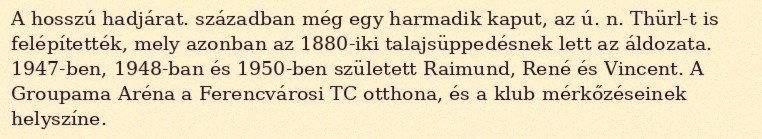
A hosszú hadjárat. században még egy harmadik kaput, az ú. n. Thürl-t is felépítették, mely azonban az 1880-iki talajsüppedésnek lett az áldozata. 1947-ben, 1948-ban és 1950-ben született Raimund, René és Vincent. A Groupama Aréna a Ferencvárosi TC otthona, és a klub mérkőzéseinek helyszíne.